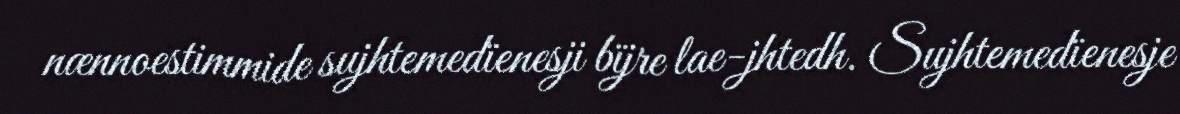
nænnoestimmide sujhtemedïenesji bïjre lae-jhtedh. Sujhtemedïenesje